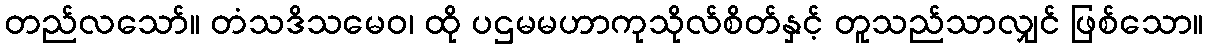
တည်လသော်။ တံသဒိသမေဝ၊ ထို ပဌမမဟာကုသိုလ်စိတ်နှင့် တူသည်သာလျှင် ဖြစ်သော။